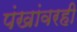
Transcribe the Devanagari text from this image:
पंखांवरही